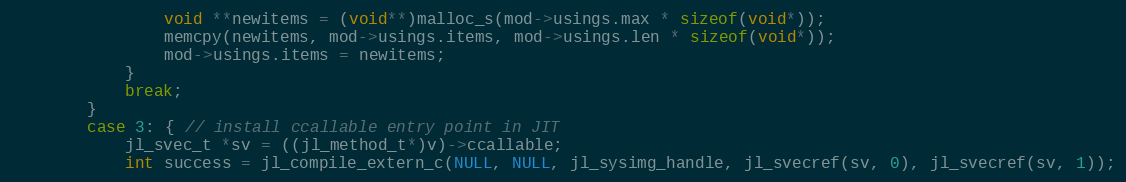
Language: C
                void **newitems = (void**)malloc_s(mod->usings.max * sizeof(void*));
                memcpy(newitems, mod->usings.items, mod->usings.len * sizeof(void*));
                mod->usings.items = newitems;
            }
            break;
        }
        case 3: { // install ccallable entry point in JIT
            jl_svec_t *sv = ((jl_method_t*)v)->ccallable;
            int success = jl_compile_extern_c(NULL, NULL, jl_sysimg_handle, jl_svecref(sv, 0), jl_svecref(sv, 1));